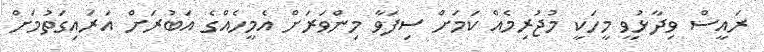
ރައީސް ވިދާޅުވީ މީހަކީ މުޖުރިމެއް ކަމަށް ސިފަވާ މިންވަރަށް އެމީހެއްގެ އަބުރަށް އަރައިގަތުމަށް